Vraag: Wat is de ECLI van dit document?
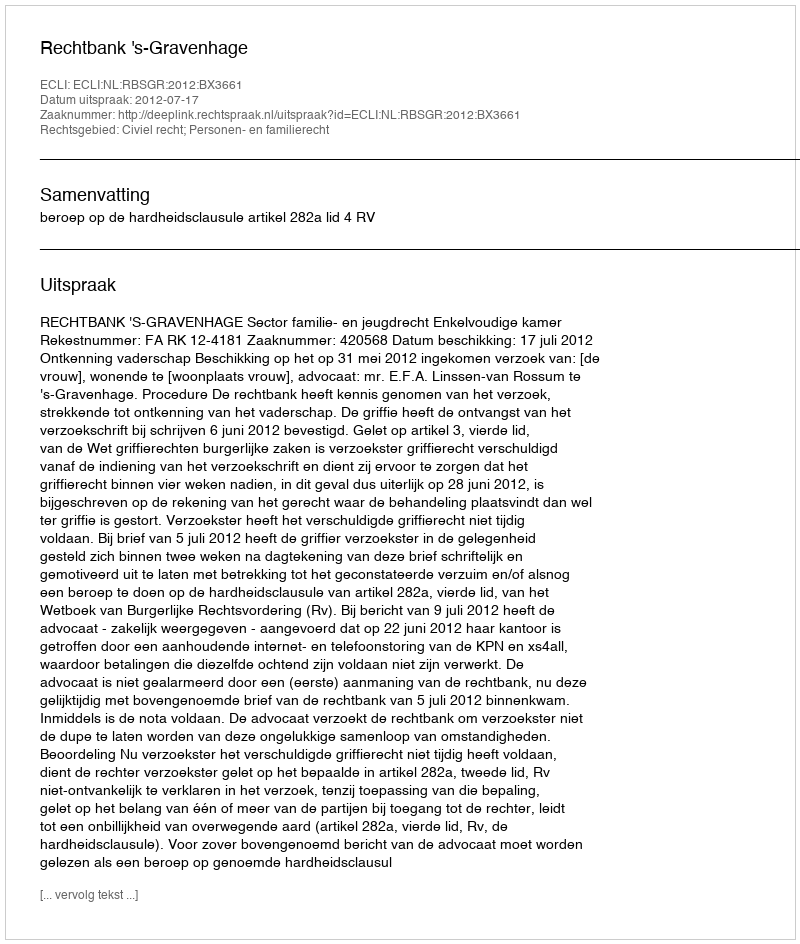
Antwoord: ECLI:NL:RBSGR:2012:BX3661